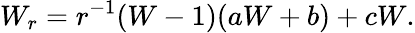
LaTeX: W_{r}=r^{-1}(W-1)(aW+b)+cW.